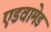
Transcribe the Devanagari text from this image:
एडवामेड